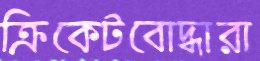
ক্রিকেটবোদ্ধারা